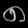
Digit: ၈